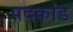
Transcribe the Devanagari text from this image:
पदकांड